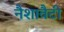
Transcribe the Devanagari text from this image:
नैशावैटी